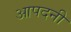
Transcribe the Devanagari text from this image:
आपदनी